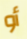
أو